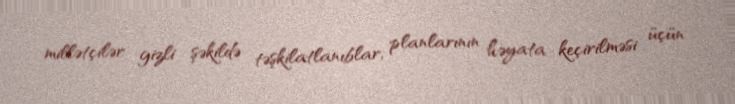
millətçilər gizli şəkildə təşkilatlanıblar, planlarının həyata keçirilməsi üçün